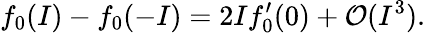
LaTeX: f_{0}(I)-f_{0}(-I)=2If_{0}^{\prime}(0)+\mathcal{O}(I^{3}).